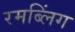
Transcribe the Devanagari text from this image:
रमब्लिंग